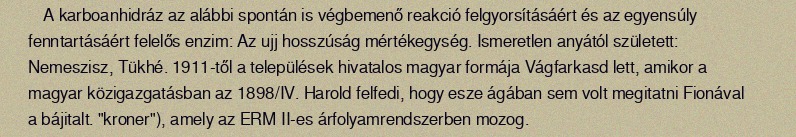
A karboanhidráz az alábbi spontán is végbemenő reakció felgyorsításáért és az egyensúly fenntartásáért felelős enzim: Az ujj hosszúság mértékegység. Ismeretlen anyától született: Nemeszisz, Tükhé. 1911-től a települések hivatalos magyar formája Vágfarkasd lett, amikor a magyar közigazgatásban az 1898/IV. Harold felfedi, hogy esze ágában sem volt megitatni Fionával a bájitalt. "kroner"), amely az ERM II-es árfolyamrendszerben mozog.